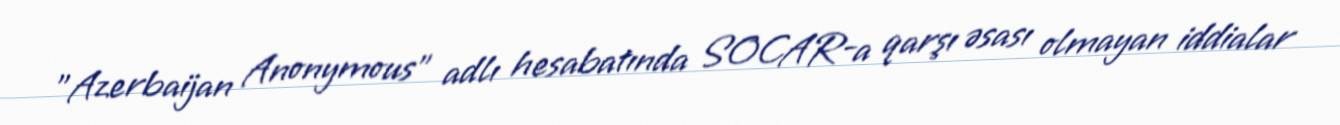
"Azerbaijan Anonymous" adlı hesabatında SOCAR-a qarşı əsası olmayan iddialar